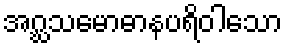
အဂ္ဃသမောဓာနပရိဝါသော